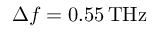
\Delta f = 0 . 5 5 \, \mathrm { T H z }